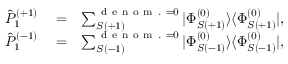
\begin{array} { r l r } { \hat { P } _ { 1 } ^ { ( + 1 ) } } & { { } = } & { \sum _ { S ( + 1 ) } ^ { { \mathrm { ~ d ~ e ~ n ~ o ~ m ~ . ~ } = 0 } } | \Phi _ { S ( + 1 ) } ^ { ( 0 ) } \rangle \langle \Phi _ { S ( + 1 ) } ^ { ( 0 ) } | , } \\ { \hat { P } _ { 1 } ^ { ( - 1 ) } } & { { } = } & { \sum _ { S ( - 1 ) } ^ { { \mathrm { ~ d ~ e ~ n ~ o ~ m ~ . ~ } = 0 } } | \Phi _ { S ( - 1 ) } ^ { ( 0 ) } \rangle \langle \Phi _ { S ( - 1 ) } ^ { ( 0 ) } | , } \end{array}